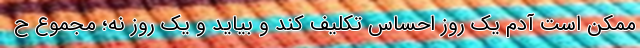
ممکن است آدم یک روز احساس تکلیف کند و بیاید و یک روز نه؛‌ مجموع ح